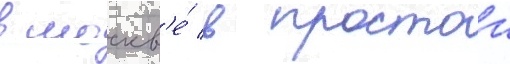
в москв'е́ в простои